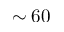
\sim 6 0